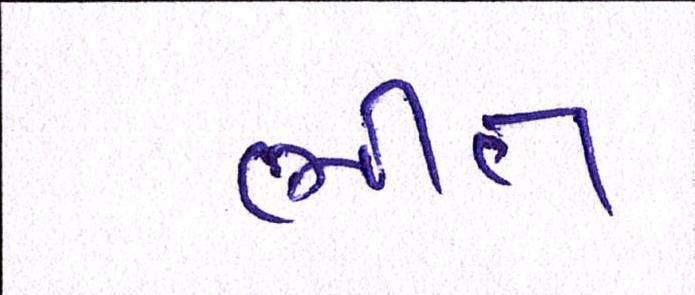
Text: ભીંત